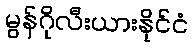
မွန်ဂိုလီးယားနိုင်ငံ